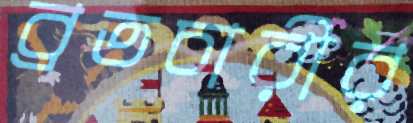
ব্রতচারীর